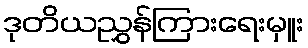
ဒုတိယညွှန်ကြားရေးမှူး